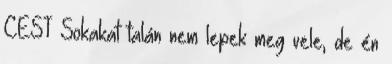
CEST Sokakat talán nem lepek meg vele, de én